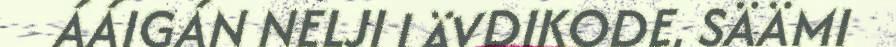
ÁÁIGÁN NELJI LÄVDIKODE, SÄÄMI